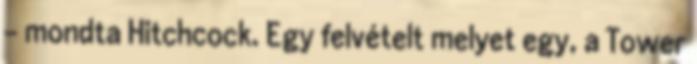
- mondta Hitchcock. Egy felvételt melyet egy, a Tower